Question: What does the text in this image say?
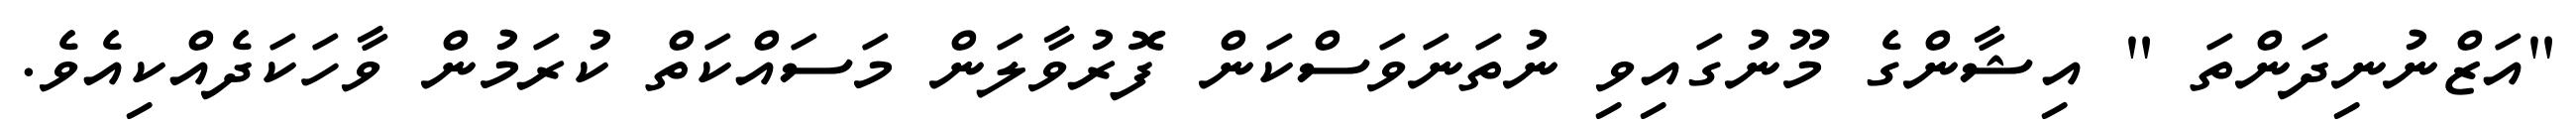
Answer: "އަޒްނުނިދަންތަ " އިޝާންގެ މޫނުގައިވި ނުތަނަވަސްކަން ފޮރުވާލަން މަސައްކަތް ކުރަމުން ވާހަކަދެއްކިއެވެ.